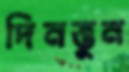
দিনত্তুন